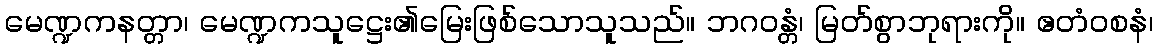
မေဏ္ဍကနတ္တာ၊ မေဏ္ဍကသူဋ္ဌေး၏မြေးဖြစ်သောသူသည်။ ဘဂဝန္တံ၊ မြတ်စွာဘုရားကို။ ဧတံဝစနံ၊